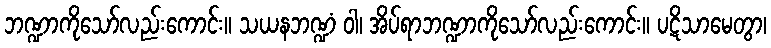
ဘဏ္ဍာကိုသော်လည်းကောင်း။ သယနဘဏ္ဍံ ဝါ၊ အိပ်ရာဘဏ္ဍာကိုသော်လည်းကောင်း။ ပဋိသာမေတွာ၊